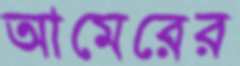
আমেরের